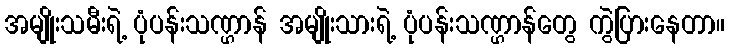
အမျိုးသမီးရဲ့ ပုံပန်းသဏ္ဌာန် အမျိုးသားရဲ့ ပုံပန်းသဏ္ဌာန်တွေ ကွဲပြားနေတာ။